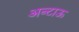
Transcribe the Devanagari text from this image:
अन्टाऊ